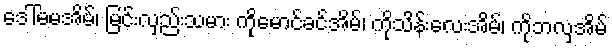
ဒေါ်မမအိမ်၊ မြင်းလှည်းသမား ကိုမောင်ခင်အိမ်၊ ကိုသိန်းလေးအိမ်၊ ကိုဘလှအိမ်